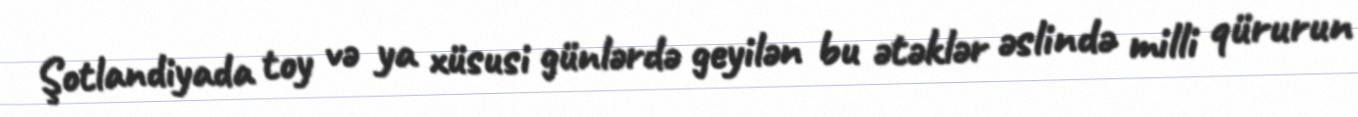
Şotlandiyada toy və ya xüsusi günlərdə geyilən bu ətəklər əslində milli qürurun